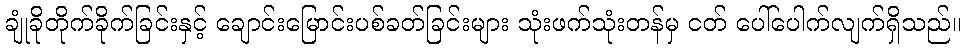
ချုံခိုတိုက်ခိုက်ခြင်းနှင့် ချောင်းမြောင်းပစ်ခတ်ခြင်းများ သုံးဖက်သုံးတန်မှ ငတ် ပေါ်ပေါက်လျက်ရှိသည်။